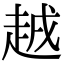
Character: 𧻗